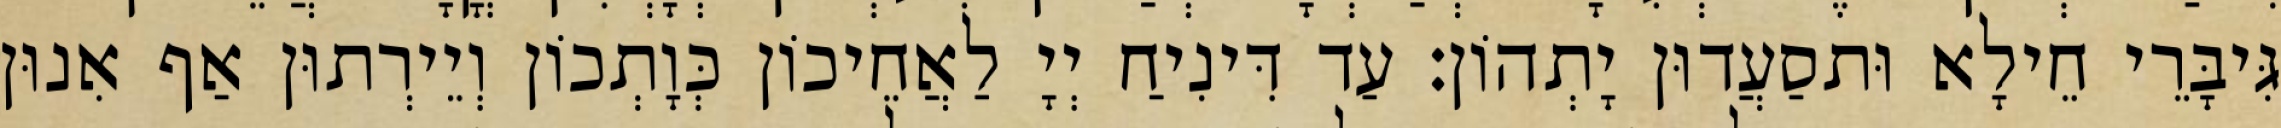
גִּיבָּרֵי חֵילָא וּתסַעֲדוּן יָתְהוֹן׃ עַד דִּינִיחַ יְיָ לַאֲחֵיכוֹן כְּוָתְכוֹן וְיֵירְתוּן אַף אִנוּן